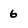
Character: 6